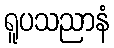
ရူပသညာနံ